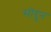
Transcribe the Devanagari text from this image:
सॊद्दून